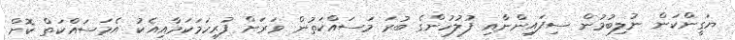
ޔަގީންކަން ނުލިބުމުން ސިފައިންނާއި ފުލުހުންގެ ބުރަ މަސައްކަތުން ވަރަށް ފުރިހަމަކަމާއިއެކު އެމަސައްކަތް ކޮށް